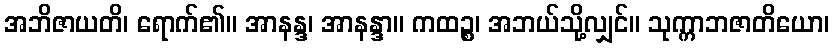
အဘိဇာယတိ၊ ရောက်၏။ အာနန္ဒ၊ အာနန္ဒာ။ ကထဉ္စ၊ အဘယ်သို့လျှင်။ သုက္ကာဘဇာတိယော၊